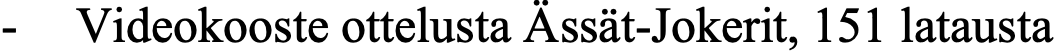
- Videokooste ottelusta Ässät-Jokerit, 151 latausta